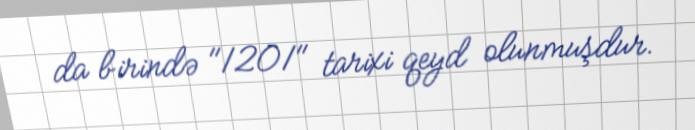
da birində "1201" tarixi qeyd olunmuşdur.